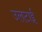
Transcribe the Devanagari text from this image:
उलटाई